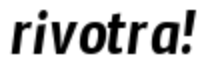
rivotra!